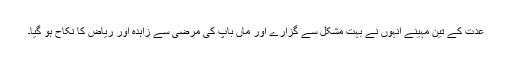
عدت کے تین مہینے انہوں نے بہت مشکل سے گزارے اور ماں باپ کی مرضی سے زاہدہ اور ریاض کا نکاح ہو گیا۔